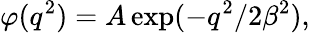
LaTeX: \varphi(q^{2})=A\exp(-q^{2}/2{\beta}^{2}),